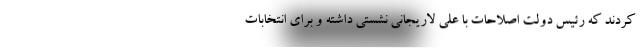
کردند که رئیس دولت اصلاحات با علی لاریجانی نشستی داشته و برای انتخابات